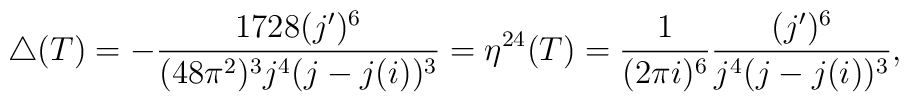
\triangle(T)= -\frac{1728(j^{\prime})^6}{(48 \pi^2)^3 j^4 (j-j(i))^3}= \eta^{24}(T)= \frac{1}{(2 \pi i)^6}\frac{(j^{\prime})^6}{j^4 (j-j(i))^3},